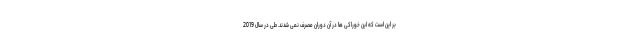
بر این است که این خوراکی ها در آن دوران مصرف نمی شدند. طی در سال 2019